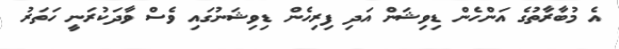
އެ މުބާރާތުގެ އަންހެން ޑިވިޝަން އަދި ފިރިހެން ޑިވިޝަނުގައި ވެސް ވާދަކުރަނީ ހަތަރު